Annual report of lunatic asylums [Bombay] - 1912-1922
Year: 1912
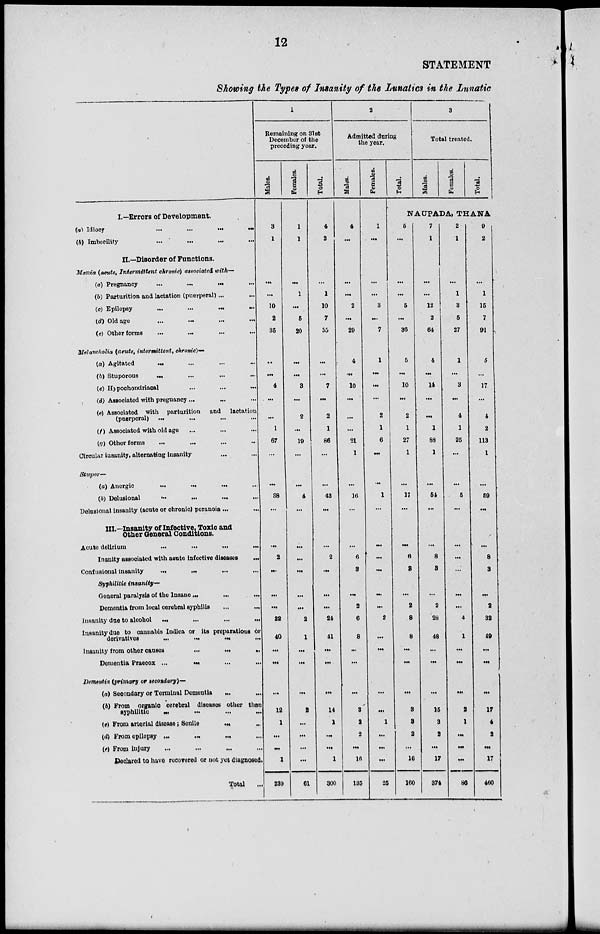
12
STATEMENT
Showing the Types of Insanity of the Lunatics in the Lunatic
I.—Errors of Development.
(a) Idiocy
...
...
...
...
(6) Imbecility ... ... ... ...
II.—Disorder of Functions.
Mania (acute, Intermittent chronic) associated with—
(a) Pregnancy
...
...
...
...
(b) Parturition and lactation (puerperal) ... ...
(c) Epilepsy ... ... ... ...
(d) Old age
...
...
...
...
(e) Other forms ... ... ... ...
Melancholia (acute, intermittent, chronic)—
(a) Agitated
...
...
...
...
(b) Stuporous
...
...
...
...
(c) Hypochondriacal ... ... ...
(d) Associated with pregnancy ... ... ...
(e) Associated with parturition and lactation
(puerporal)
...
...
...
...
(f) Associated with old age ... ... ...
(g) Other forms ... ... ... ...
Circular insanity, alternating insanity ... ...
Stupor—
(a) Anergic
...
...
...
...
(b) Delusional
...
...
...
...
Delusional insanity (acute or chronic) peranoia ... ...
III.—Insanity of Infective, Toxic and
Other General Conditions.
Acute delirium
...
...
...
...
Inanity associated with acute infective diseases
...
Confusional insanity ... ... ... ...
Syphilitic insanity—
General paralysis of the Insane
...
...
...
Dementia from local cerebral syphilis ... ...
Insanity due to alcohol
...
...
...
...
Insanity due to cannabis Indica or its preparations or
derivatives
...
...
...
...
Insanity from other causes
...
...
...
Dementia Praecox ... ... ... ...
Dementia (primary or secondary)—
(a) Secondary or Terminal Dementia ... ...
(6) From organic cerebral diseases other than
syphillitic
...
...
...
...
(e) From arterial disease; Senile ... ...
(d) From epilepsy
...
...
...
...
(e) From injury ... ... ... ...
Declared to have recovered or not yet diagnosed.
Total ...
1
Remaining on 31st
December of the
preceding year.
Males.
3
1
...
...
10
2
35
...
...
4
...
...
1
67
...
...
38
...
...
2
...
...
...
22
40
...
...
...
12
1
...
...
1
230
Females.
1
1
...
1
...
5
20
...
...
3
...
2
...
19
...
...
4
...
...
...
...
...
...
2
1
...
...
...
2
...
...
...
...
61
Total.
4
2
...
1
10
7
55
...
...
7
...
2
1
86
...
...
42
...
...
2
...
...
...
24
41
...
...
...
14
1
...
...
1
300
2
Admitted during
the year.
Males.
4
...
...
...
2
...
29
4
...
10
...
...
...
21
1
...
16
...
...
6
3
...
2
6
8
...
...
...
8
2
2
...
16
135
Females.
1
...
...
...
3
...
7
1
...
...
...
2
1
6
...
...
1
...
...
...
...
...
...
2
...
...
...
...
...
1
...
...
...
25
Total.
3
Total treated.
.
Males.
Females.
Total.
NAUPADA, THANA
5
...
...
...
5
...
36
5
...
10
...
2
1
27
1
...
17
...
...
6
3
...
2
8
8
...
...
...
8
8
2
...
16
160
7
1
...
...
12
2
64
4
...
14
...
...
1
88
1
...
51
...
...
8
3
...
2
28
48
...
...
...
15
3
2
...
17
374
2
1
...
1
3
5
27
1
...
3
...
4
1
25
...
...
5
...
...
...
...
...
...
4
1
...
...
...
2
1
...
...
...
86
9
2
...
1
15
7
91
5
...
17
...
4
2
113
1
...
59
...
...
8
3
...
2
32
49
...
...
...
17
4
2
...
17
460